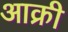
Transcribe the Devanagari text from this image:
आक्री